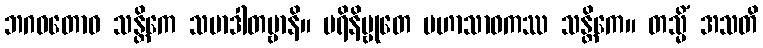
ဘဂဝတောဝ သန္တိကေ သမာဒါတဗ္ဗာနိ။ ပရိနိဗ္ဗုတေ မဟာသာဝကဿ သန္တိကေ။ တသ္မိံ အသတိ